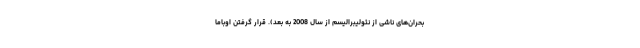
بحران‌های ناشی از نئولیبرالیسم از سال 2008 به بعد). قرار گرفتن اوباما